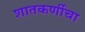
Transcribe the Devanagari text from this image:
शातकर्णीचा